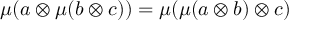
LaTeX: \mu ( a \otimes \mu ( b \otimes c ) ) = \mu ( \mu ( a \otimes b ) \otimes c )